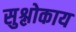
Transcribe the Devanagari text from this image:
सुश्लोकाय